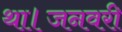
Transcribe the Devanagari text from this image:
था।जनवरी